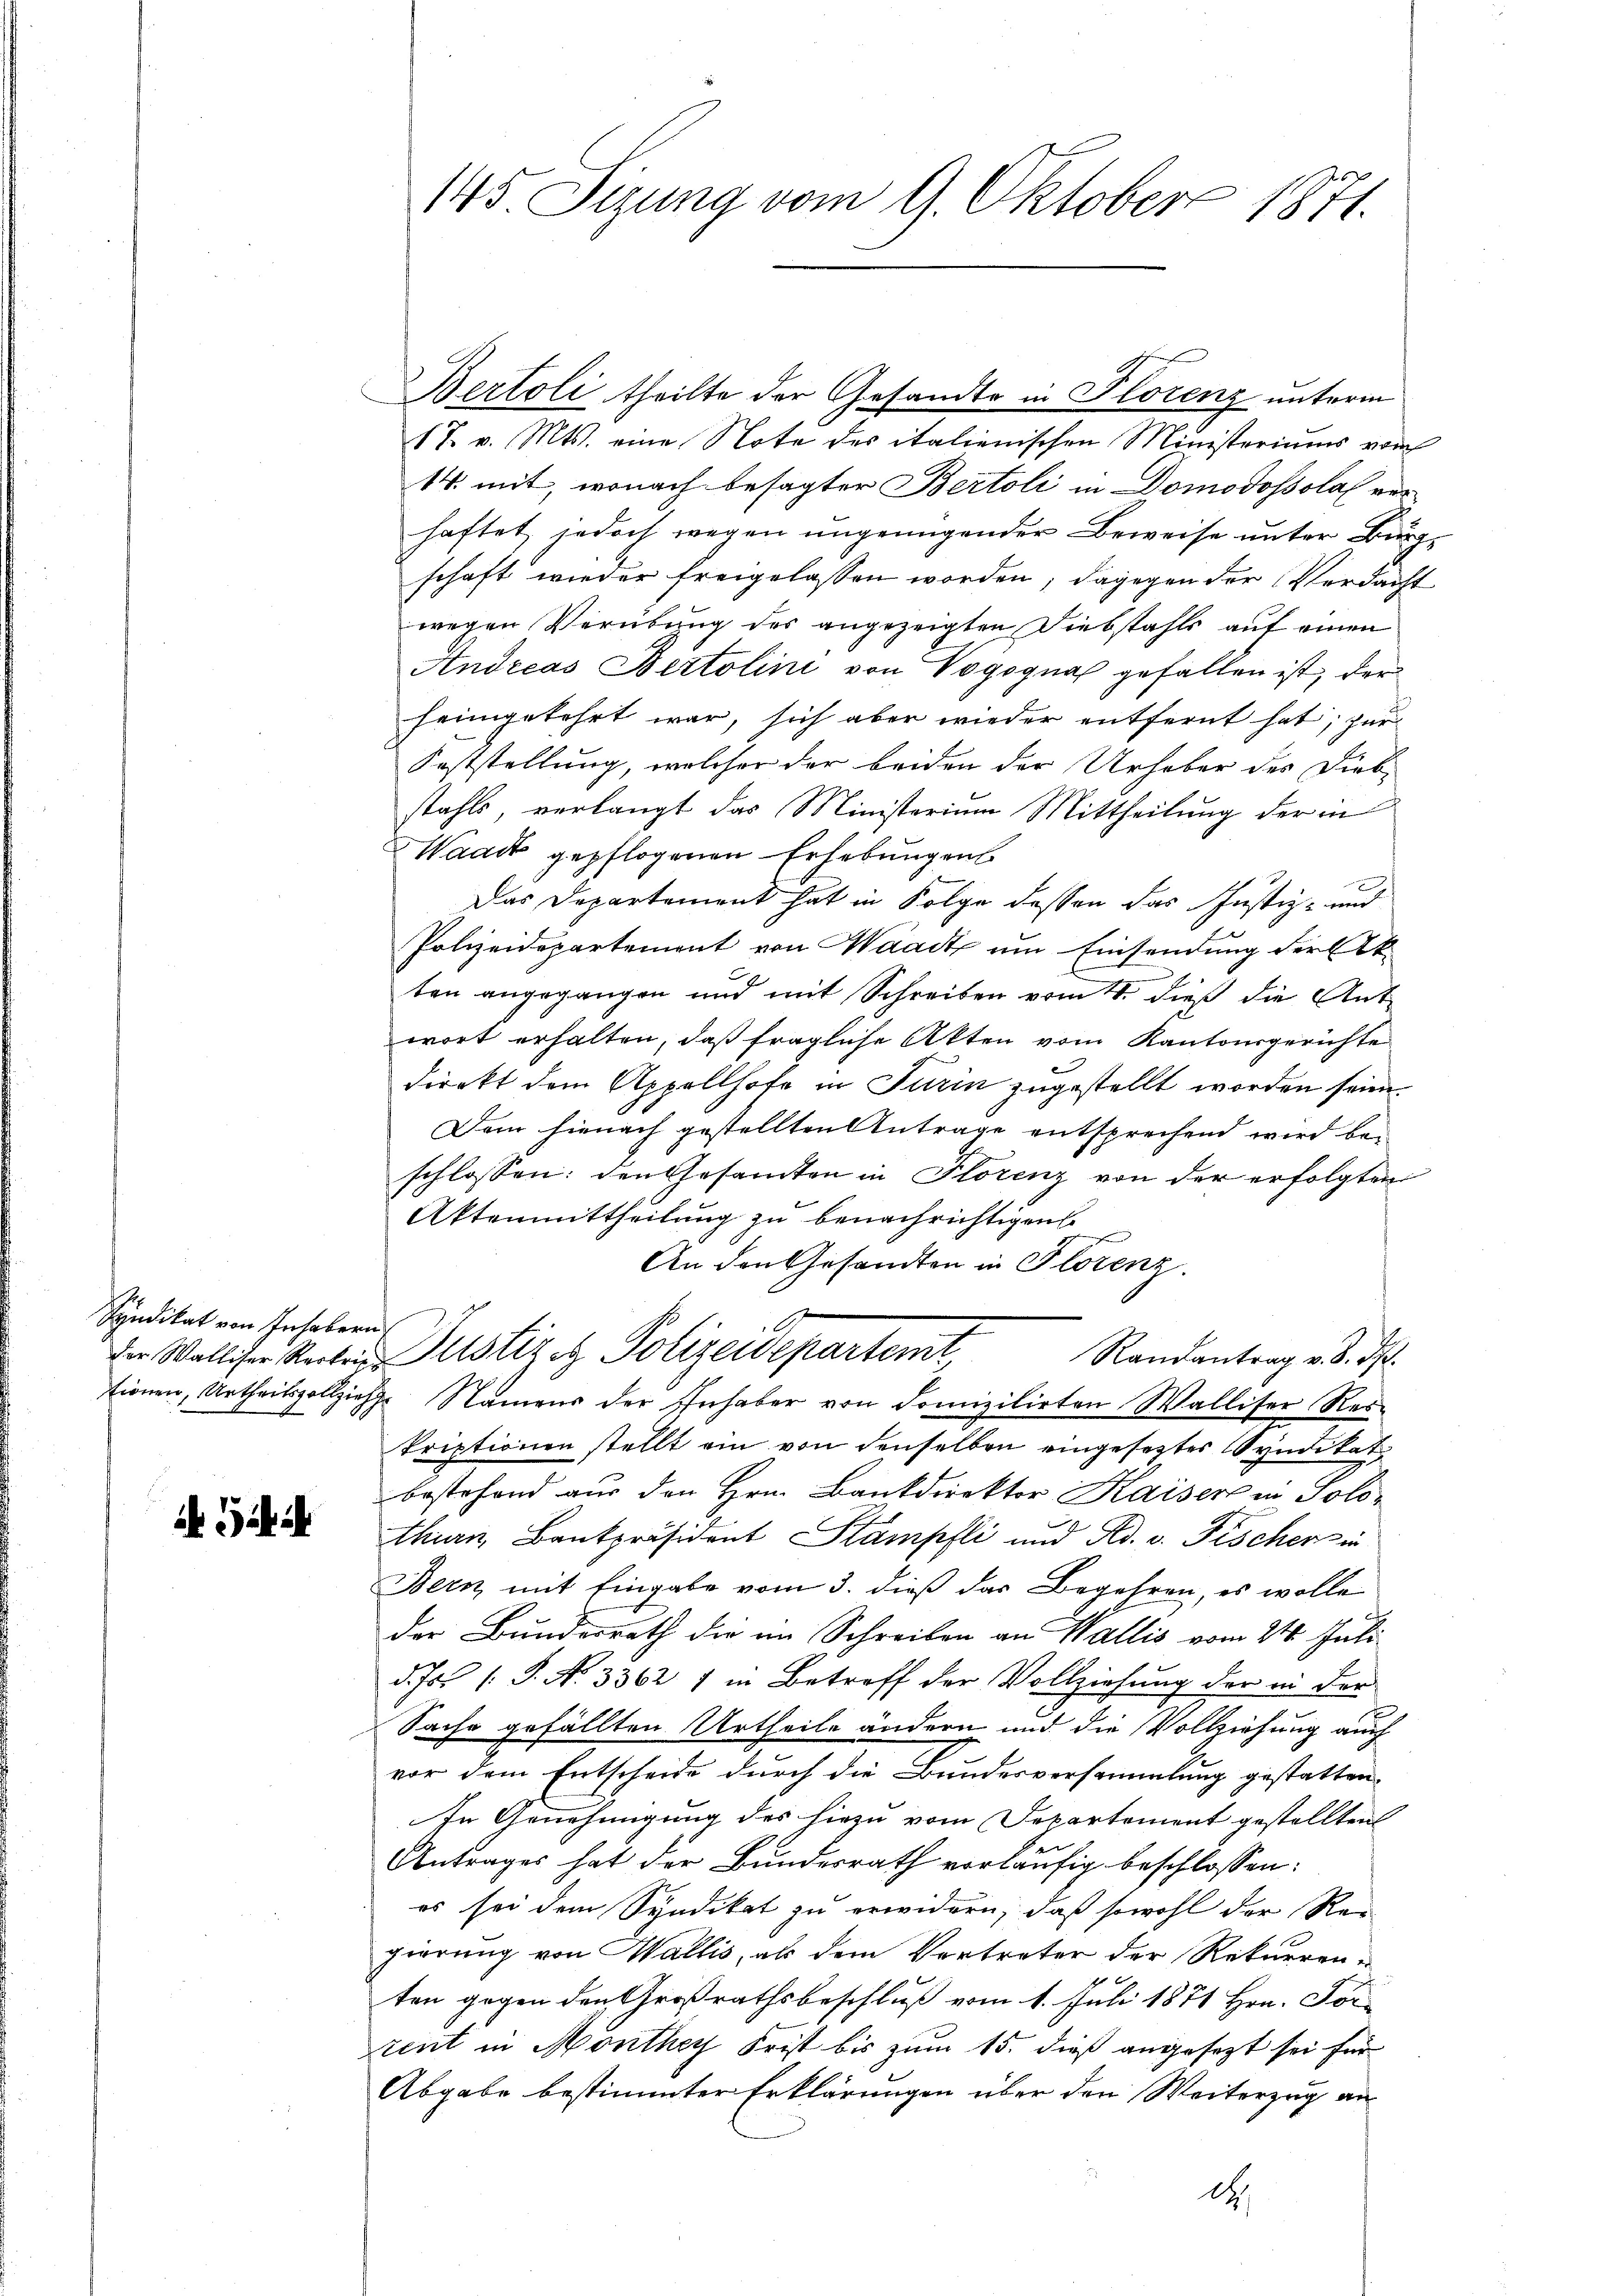
Syndikat von Inhabern

i

145 Sizung vom 9. Oktober 1871.

Bertoli theilte der Gesandte in Florenz unterm
17. v. Mts. eine Note des italienischen Ministeriums vom
14. mit, wonach besagter Bertoli in Domodosola verhaftet, jedoch wegen ungenügender Beweise unter Burgschaft wieder freigelassen worden; dagegen der Verdacht
wegen Verübung des angezeigten Diebstahls auf einen
Andreas Bertolini von Vogognal gefallen ist, der
heimgekehrt war, sich aber wieder entfernt hat; zur
Feststellung, welcher der beiden der Urhaber des Dieb-
stahls, verlangt das Ministerium Mittheilung der in
Waadt gepflogenen Erhebungens
Das Departement hat in Folge dessen das Justiz- und
Polizeidepartement von Waadt um Einsendung der Akten angegangen und mit Schreiben vom 4. dieß die Ant-
wort erhalten, daß fragliche Akten vom Kantonsgerichte
direkt dem Appellhofe in Turin zugestellt worden sein.
Dem hienach gestellten Antrage entsprechend wird be-
schlossen: den Gesamten in Florenz von der erfolgten
Aktenmittheilung zu benachrichtigen
An den Gesandten in Florenz.
Die Walliser Recken Justiz et Polizeidepartemt
Randantrag v. 8. ds.
tionen, Urtheilsvollziehe Namens der Inhaber von Domizilirten Walliser Reskriptionen stellt ein von denselben eingesetztes Syndikat
bestehend aus den Hrn. Bankdirektor Kaiser in Solo-
thian Bankpräsident Stampfli und Ad. v. Fischer in
Bern mit Eingabe vom 3. dieß das Begehren, es wolle
der Bundesrath die im Schreiben an Wallis vom 24. Juli
d. Js. (T. N. 33627 in Betreff der Vollziehung der in der
Sache gefällten Urtheile ändern und die Vollziehung auch
vor dem Entscheide durch die Bundesversammlung gestatten.
In Genehmigung des hiezu vom Separtement gestellten
Antrages hat der Bundesrath vorläufig beschlossen:
es sei dem Syndikat zu erwidern, daß sowohl der Rei
gierung von Wallis, als dem Vertreter der Rekurrenten gegen den Großrathsbeschluß vom 1. Juli 1871 Hrn. For-
rent in Monthey Frist bis zum 15. dieß angesezt sei für
Abgabe bestimmter Erklärungen über den Weiterzug an
d.